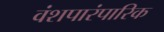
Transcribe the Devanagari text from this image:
वंशपारंपारिक